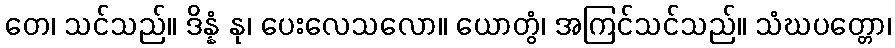
တေ၊ သင်သည်။ ဒိန္နံ နု၊ ပေးလေသလော။ ယောတွံ၊ အကြင်သင်သည်။ သံဃပတ္တော၊